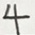
4